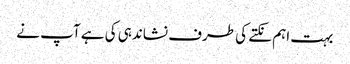
بہت اہم نکتے کی طرف نشاندہی کی ہے آپ نے